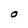
Character: O